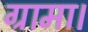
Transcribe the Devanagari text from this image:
ग्रामा।